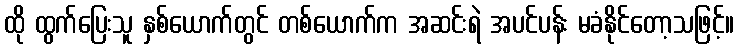
ထို ထွက်ပြေးသူ နှစ်ယောက်တွင် တစ်ယောက်က အဆင်းရဲ အပင်ပန်း မခံနိုင်တော့သဖြင့်။